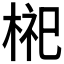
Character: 𪲢